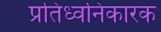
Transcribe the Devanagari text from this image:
प्रतिध्वनिकारक